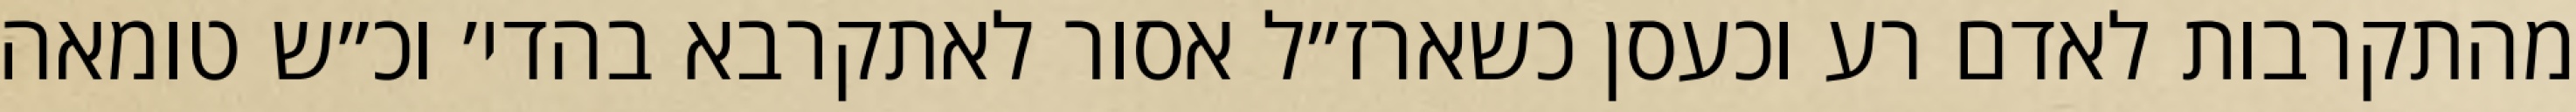
מהתקרבות לאדם רע וכעסן כשארז״ל אסור לאתקרבא בהדי׳ וכ״ש טומאה